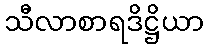
သီလာစာရဒိဋ္ဌိယာ